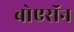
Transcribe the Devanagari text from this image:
बोएरॉन